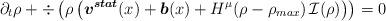
LaTeX: \begin{align*} \partial_t \rho + \div \left( \rho \left( \boldsymbol{v^{stat}} (x) + \boldsymbol{b} (x) + H^\mu(\rho - \rho_{max}) \, \mathcal{I} (\rho) \right) \right) = 0\end{align*}